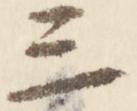
三